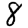
Digit: 8